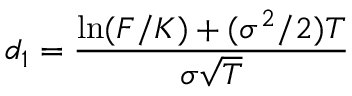
d _ { 1 } = { \frac { \ln ( F / K ) + ( \sigma ^ { 2 } / 2 ) T } { \sigma { \sqrt { T } } } }